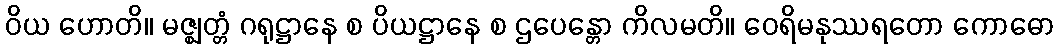
ဝိယ ဟောတိ။ မဇ္ဈတ္တံ ဂရုဋ္ဌာနေ စ ပိယဋ္ဌာနေ စ ဌပေန္တော ကိလမတိ။ ဝေရိမနုဿရတော ကောဓော